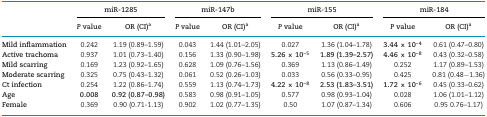
|  | <COLSPAN=2> miR-1285 | <COLSPAN=2> miR-147b | <COLSPAN=2> miR-155 | <COLSPAN=2> miR-184 |
 | --- | --- | --- | --- | --- | --- | --- | --- | --- |
 |  | P value | OR (CI)a | P value | OR (CI)a | P value | OR (CI)a | P value | OR (CI)a |
 | Mild inflammation | 0.242 | 1.19 (0.89–1.59) | 0.043 | 1.44 (1.01–2.05) | 0.027 | 1.36 (1.04–1.78) | 3.44 × 10–4 | 0.61 (0.47–0.80) |
 | Active trachoma | 0.937 | 1.01 (0.73–1.40) | 0.156 | 1.33 (0.90–1.98) | 5.26 × 10–5 | 1.89 (1.39–2.57) | 4.46 × 10–8 | 0.43 (0.32–0.58) |
 | Mild scarring | 0.169 | 1.23 (0.92–1.65) | 0.628 | 1.09 (0.76–1.56) | 0.369 | 1.13 (0.86–1.49) | 0.252 | 1.17 (0.89–1.53) |
 | Moderate scarring | 0.325 | 0.75 (0.43–1.32) | 0.061 | 0.52 (0.26–1.03) | 0.033 | 0.56 (0.33–0.95) | 0.425 | 0.81 (0.48−1.36) |
 | Ct infection | 0.254 | 1.22 (0.86–1.74) | 0.559 | 1.13 (0.74–1.73) | 4.22 × 10–8 | 2.53 (1.83–3.51) | 1.72 × 10–6 | 0.45 (0.33–0.62) |
 | Age | 0.008 | 0.92 (0.87–0.98) | 0.583 | 0.98 (0.91–1.05) | 0.577 | 0.98 (0.93–1.04) | 0.028 | 1.06 (1.01–1.12) |
 | Female | 0.369 | 0.90 (0.71-1.13) | 0.902 | 1.02 (0.77–1.35) | 0.50 | 1.07 (0.87–1.34) | 0.606 | 0.95 0.76–1.17) |